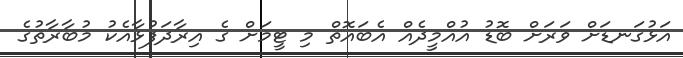
އަޅުގަނޑަށް ވަރަށް ބޮޑު އުއްމީދެއް އެބައޮތް މި ޓީމަށް ގެ އިރާދަފުޅާއެކު މުބާރާތުގެ